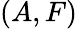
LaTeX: (A,F)